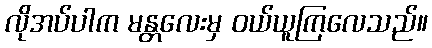
လိုအပ်ပါက မန္တလေးမှ ဝယ်ယူကြလေသည်။